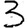
Digit: 3